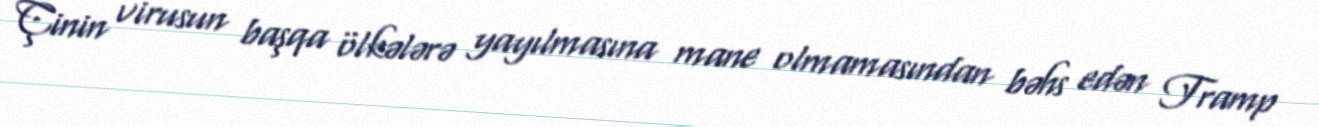
Çinin virusun başqa ölkələrə yayılmasına mane olmamasından bəhs edən Tramp